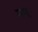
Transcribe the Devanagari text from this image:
नम्‌